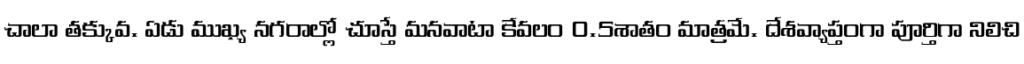
చాలా తక్కువ. ఏడు ముఖ్య నగరాల్లో చూస్తే మనవాటా కేవలం 0.5శాతం మాత్రమే. దేశవ్యాప్తంగా పూర్తిగా నిలిచి